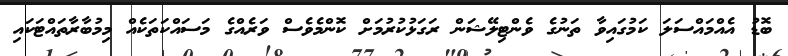
ބޮޑު އެއްމައްސަލަ ކަމުގައިވާ ތަނުގެ ވެންޓިލޭޝަން ރަގަޅުކުރުމަށް ކޮންމެވެސް ވަރެއްގެ މަސައްކަތަކެއް މިމުބާރާތައްޓަކައި